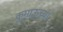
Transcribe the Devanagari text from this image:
कुमाऊच्या